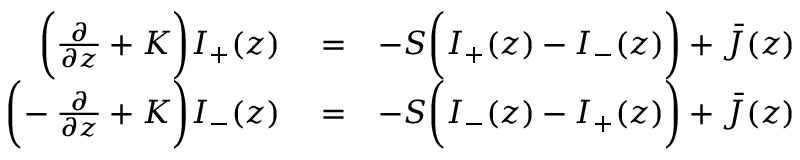
\begin{array} { r l r } { \bigg ( \frac { \partial } { \partial z } + K \bigg ) I _ { + } ( z ) } & { { } = } & { - S \bigg ( I _ { + } ( z ) - I _ { - } ( z ) \bigg ) + \bar { \cal J } ( z ) } \\ { \bigg ( \! - \frac { \partial } { \partial z } + K \bigg ) I _ { - } ( z ) } & { { } = } & { - S \bigg ( I _ { - } ( z ) - I _ { + } ( z ) \bigg ) + \bar { \cal J } ( z ) } \end{array}